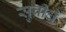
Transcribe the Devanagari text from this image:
सुवीधे